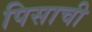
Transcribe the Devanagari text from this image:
पिसाची